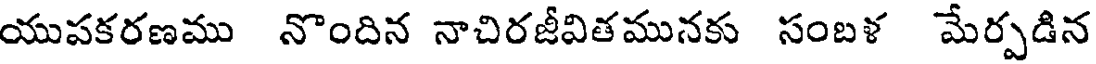
యుపకరణము నొందిన నాచిరజీవితమునకు సంబళ మేర్పడిన